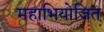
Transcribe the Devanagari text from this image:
महाभियोजित